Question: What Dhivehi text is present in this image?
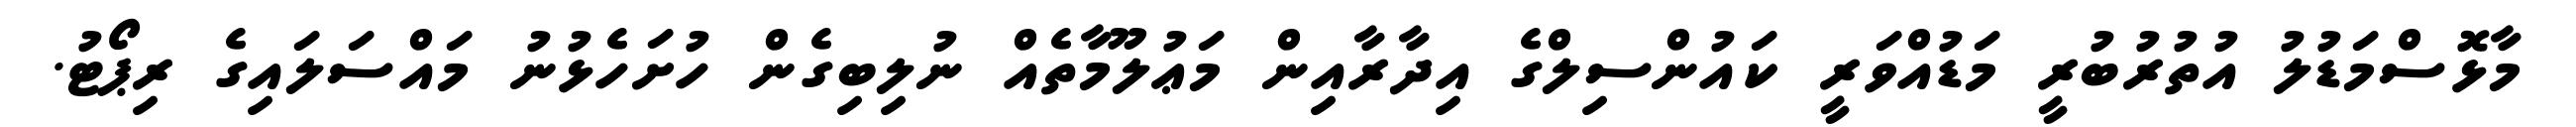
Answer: މާޅޮސްމަޑުލު އުތުރުބުރީ މަޑުއްވަރީ ކައުންސިލްގެ އިދާރާއިން މަޢުލޫމާތެއް ނުލިބިގެން ހުށަހެޅުނު މައްސަލައިގެ ރިޕޯޓު.